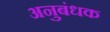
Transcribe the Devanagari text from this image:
अनुबंधक